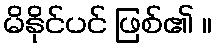
မိနိုင်ပင် ဖြစ်၏ ။